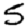
Digit: 5